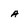
Character: a